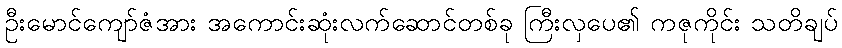
ဦးမောင်ကျော်ဇံအား အကောင်းဆုံးလက်ဆောင်တစ်ခု ကြီးလှပေ၏ ကဇုကိုင်း သတိချပ်